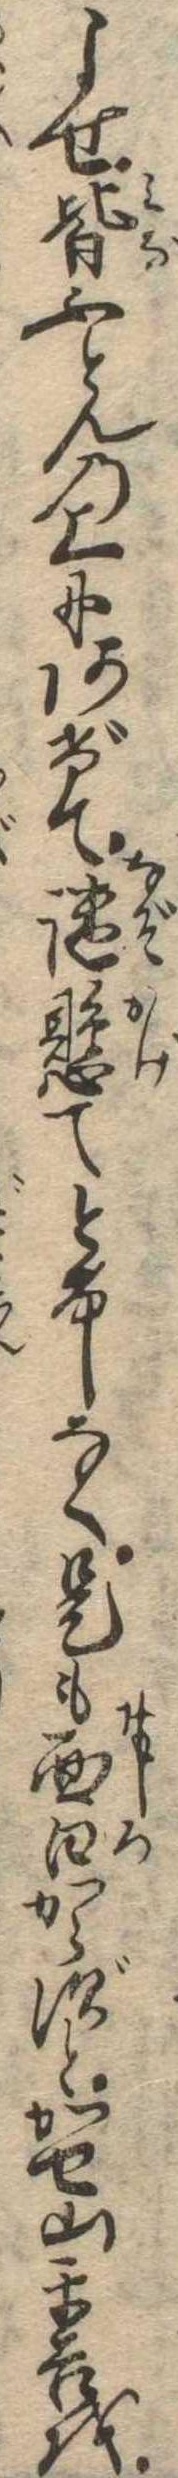
よせ皆ふとんの上にあげて謎懸てとけしなく是も面白からずとかせ山平吉を